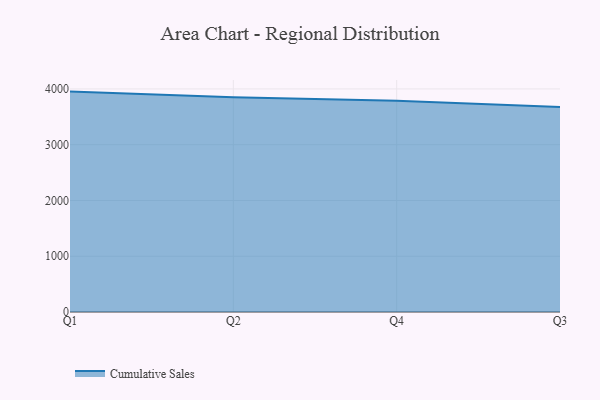
{"axis": {"x": "Quarter", "y": "Conversion Rate (%)"}, "legend": ["Cumulative Sales"], "data": [{"x": "Q1", "y": 3952.2, "type": "Cumulative Sales"}, {"x": "Q2", "y": 3848.9, "type": "Cumulative Sales"}, {"x": "Q4", "y": 3788.5, "type": "Cumulative Sales"}, {"x": "Q3", "y": 3674.7, "type": "Cumulative Sales"}]}